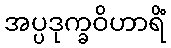
အပ္ပဒုက္ခဝိဟာရိံ